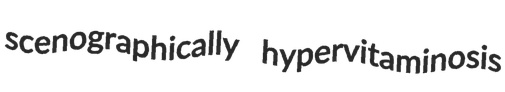
scenographically hypervitaminosis